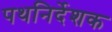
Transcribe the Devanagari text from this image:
पथनिर्देशक